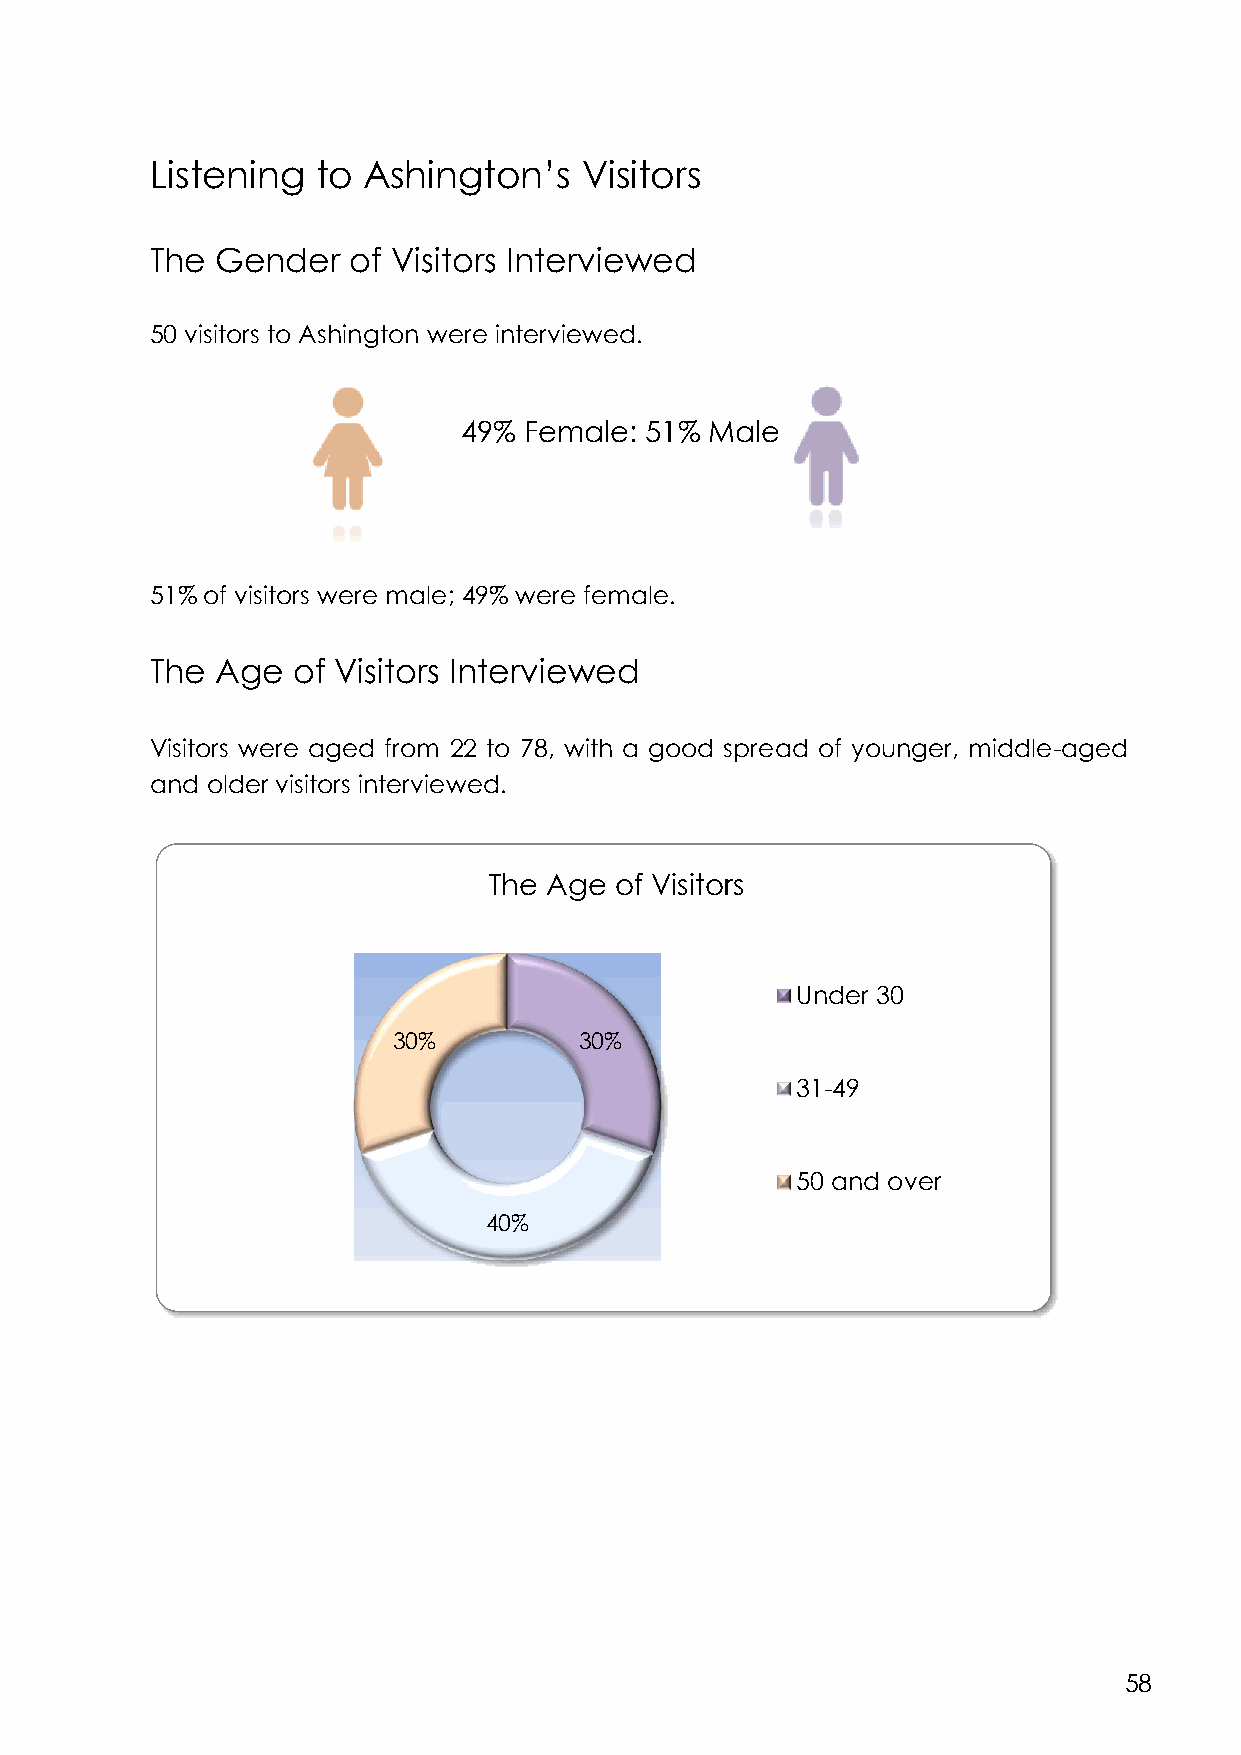
Listening  to Ashington’s    Visitors
 The Gender   of Visitors Interviewed
 50 visitors to Ashington were interviewed.
 49%  Female: 51% Male
 51% of visitors were male; 49% were female.
 The Age  of Visitors Interviewed
 Visitors were aged from 22 to 78, with a good spread of younger, middle-aged
 and older visitors interviewed.
 The Age  of Visitors
 Under 30
 30%         30%
 31-49
 50 and over
 40%
 58